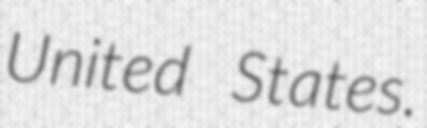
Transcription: United States.